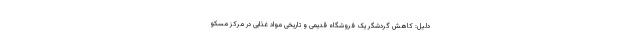
دلیل: کاهش گردشگر یک فروشگاه قدیمی و تاریخی مواد غذایی در مرکز مسکو